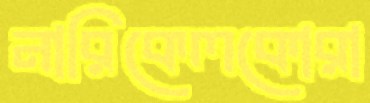
নারিকেলকোরা